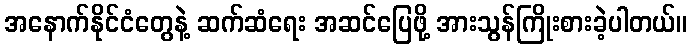
အနောက်နိုင်ငံတွေနဲ့ ဆက်ဆံရေး အဆင်ပြေဖို့ အားသွန်ကြိုးစားခဲ့ပါတယ်။